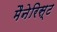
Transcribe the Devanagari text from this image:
मैनेरिस्ट